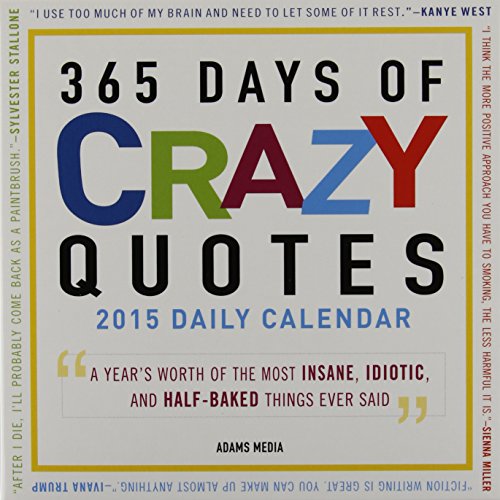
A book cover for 365 Days Of Crazy Quotes 2015 Daily Calendar: A Year's Worth of the Most Insane, Idiotic, and Half-Baked Things Ever Said; Adams Media; Calendars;